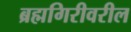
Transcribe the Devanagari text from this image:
ब्रह्मगिरीवरील